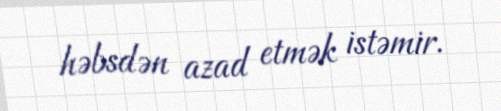
həbsdən azad etmək istəmir.